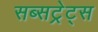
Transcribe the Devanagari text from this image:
सब्सट्रेट्स